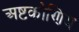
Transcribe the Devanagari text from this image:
अष्टकोणिय